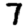
Digit: 7